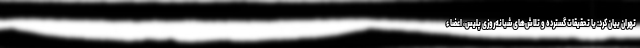
تهران بیان کرد: با تحقیقات گسترده و تلاش‌های شبانه‌روزی پلیس، اعضاء